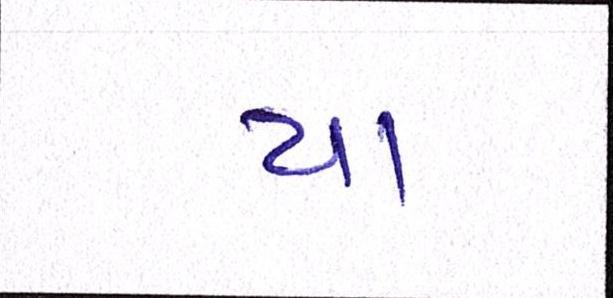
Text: યા